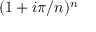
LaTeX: ( 1 + i \pi / n ) ^ { n }